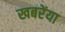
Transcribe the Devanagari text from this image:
खबरेंया